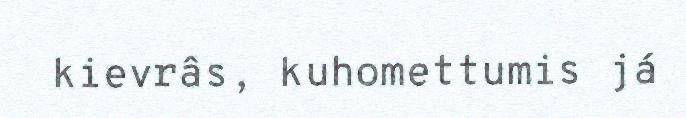
kievrâs, kuhomettumis já